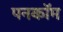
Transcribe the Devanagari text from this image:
पनकॉम